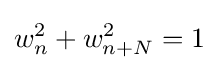
w_{n}^{2}+w_{n+N}^{2}=1